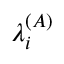
\lambda _ { i } ^ { ( A ) }